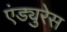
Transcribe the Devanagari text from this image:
एंड्युरेस